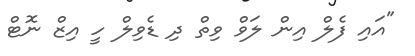
"އައި ފެލް އިން ލަވް ވިތް ދި ޑެވިލް ހީ އިޒް ނޮޓް